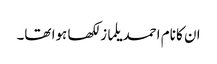
ان کا نام احمد یلماز لکھا ہوا تھا۔